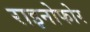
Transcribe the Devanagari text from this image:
राइनोफोर